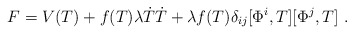
\begin{align*}F=V(T)+f(T)\lambda \dot{T}\dot{T}+\lambda f(T)\delta_{ij}[\Phi^i,T][\Phi^j,T] \ .\end{align*}